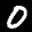
Label: 0